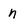
Character: n